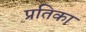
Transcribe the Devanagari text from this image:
प्रतिका